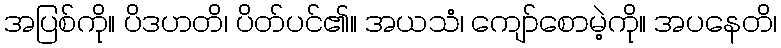
အပြစ်ကို။ ပိဒဟတိ၊ ပိတ်ပင်၏။ အယသံ၊ ကျော်စောမဲ့ကို။ အပနေတိ၊